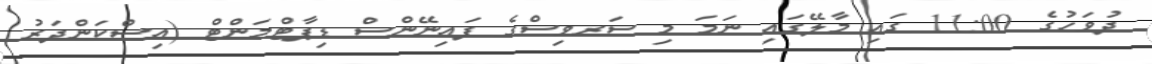
ދުވަހުގެ 11:00 ގައި މާލޭގައި ނަމަ މި ސަރވިސްގެ ފައިނޭންސް ޑިޕާޓްމަންޓް (އިސްކަންދަރު